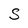
Character: S